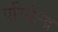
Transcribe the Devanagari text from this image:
परिकेन्द्र